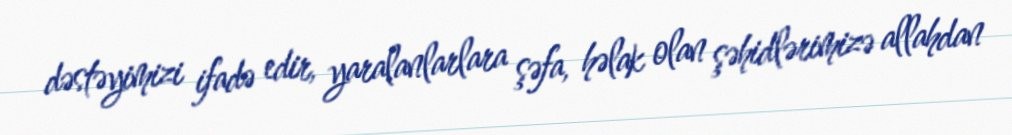
dəstəyimizi ifadə edir, yaralanlarlara şəfa, həlak olan şəhidlərimizə allahdan